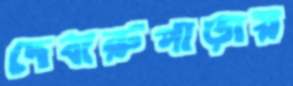
দেবারুপাড়ায়